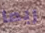
ربما